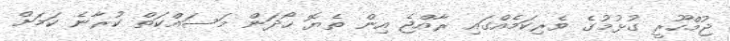
ޖުމްހޫރީ ގުޅުމުގެ ވެރިކަމެއްގައި ރާއްޖެ އިން ތެޔޮ ހޯދަން މަސައްކަތް ކުރާނެ ކަމަށް